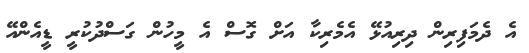
އެ ދެމަފިރިން ދިރިއުޅޭ އެމެރިކާ އަށް ގޮސް އެ މީހުން ގަސްދުކުރީ ޑީއެންއޭ